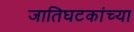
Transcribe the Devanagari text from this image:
जातिघटकांच्या